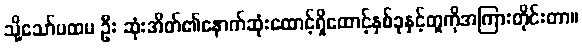
သို့သော်ပထမ ဦး ဆုံးအိတ်၏နောက်ဆုံးထောင့်ရှိထောင့်နှစ်ခုနှင့်တူကိုအကြားတိုင်းတာ။